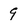
Character: 9